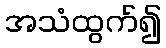
အသံထွက်၍